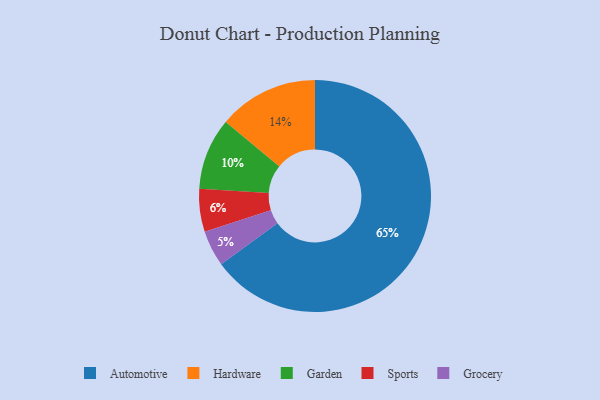
{"axis": {"x": "Category", "y": "Percentage"}, "legend": ["Automotive", "Garden", "Grocery", "Hardware", "Sports"], "data": [{"x": "Sports", "y": 6, "type": "Sports"}, {"x": "Hardware", "y": 14, "type": "Hardware"}, {"x": "Garden", "y": 10, "type": "Garden"}, {"x": "Grocery", "y": 5, "type": "Grocery"}, {"x": "Automotive", "y": 65, "type": "Automotive"}]}